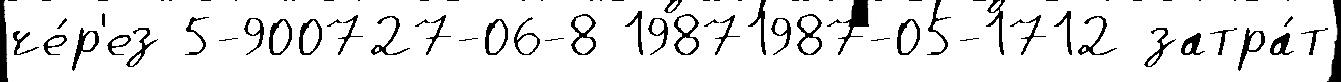
че́р'ез 5-900727-06-8 19871987-05-1712 затра́т